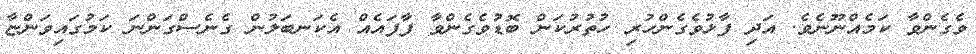
ވެގެންވާ ކަމެއްނޫނެވެ. އަދި ފާޅުވެގެންހުރި ހުތުރުކަން ބޮޑުވެގެންވާ ފާފައެއް އެކަނބަލުން ގެނެސްގަންނަ ކަމުގައިވަންޏާ